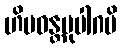
ဟိမဝန္တမုပါဂမိ